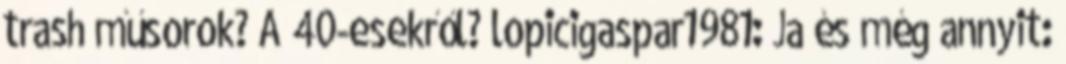
trash műsorok? A 40-esekről? lopicigaspar1981: Ja és még annyit: